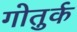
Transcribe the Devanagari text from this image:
गोतुर्क